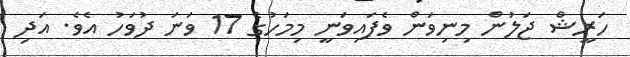
ހަރީޝް ޖަލުން މިނިވަން ވެފައިވަނީ މިމަހުގެ 17 ވަނަ ދުވަހު އެވެ. އަދި